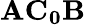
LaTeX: \mathbf{AC_{0}B}